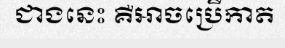
ជាងនេះ គឺអាចប្រើកាត